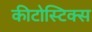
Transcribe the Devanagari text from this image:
कीटोस्टिक्स